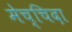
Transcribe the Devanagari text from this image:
मेच्चिदा